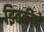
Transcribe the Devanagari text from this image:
झ्विकीने